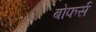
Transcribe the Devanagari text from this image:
बोफर्स